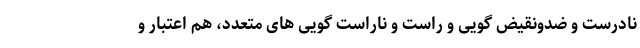
نادرست و ضدونقیض گویی و راست و ناراست گویی های متعدد، هم اعتبار و